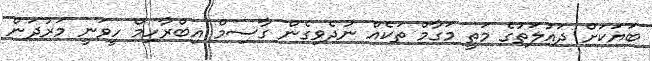
ބަޔަކަށް ދައުލަތުގެ މަތީ މަގާމް ތަކެއް ނުދެވިގެން ގާސިމް އިބްރާހިމް ހީވަނީ މަރުދަން